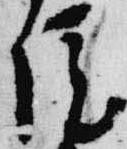
院